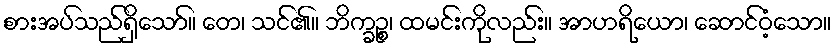
စားအပ်သည်ရှိသော်။ တေ၊ သင်၏။ ဘိက္ခဉ္စ၊ ထမင်းကိုလည်း။ အာဟရိယော၊ ဆောင်ဝံ့သော။